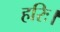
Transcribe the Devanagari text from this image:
हरिः।